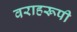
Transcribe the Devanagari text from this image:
वराहरूपी